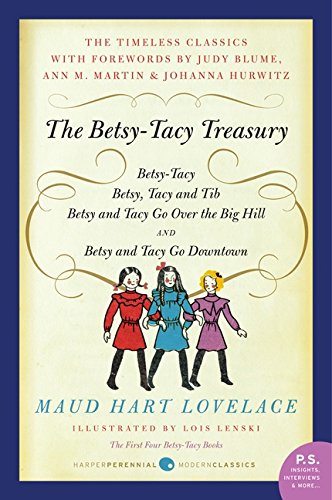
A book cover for The Betsy-Tacy Treasury: The First Four Betsy-Tacy Books; Maud Hart Lovelace; Literature & Fiction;